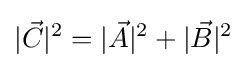
|{\vec {C}}|^{2}=|{\vec {A}}|^{2}+|{\vec {B}}|^{2}